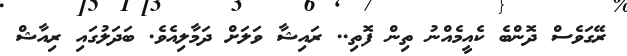
ރޭގަވެސް ދޮންބެ ކެއީމެއްނު ތިން ފޮތި.. ރައިޝާ ވަލަށް ދަމާލިއެވެ. ބަދަލުގައި ރިއާޝް